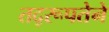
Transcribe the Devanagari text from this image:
तद्‌रूपतेने